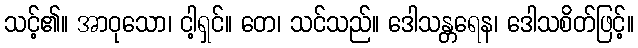
သင့်၏။ အာဝုသော၊ ငါ့ရှင်။ တေ၊ သင်သည်။ ဒေါသန္တရေန၊ ဒေါသစိတ်ဖြင့်။